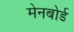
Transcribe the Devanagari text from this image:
मेनबोर्ड